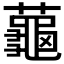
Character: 𬟏